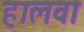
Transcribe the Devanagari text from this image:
हालवा